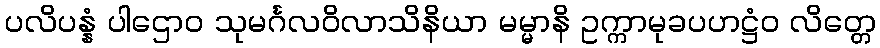
ပလိပန္နံ ပါဌောဝ သုမင်္ဂလဝိလာသိနိယာ မမ္မာနိ ဥက္ကာမုခပဟဋ္ဌံဝ လိတ္တေ